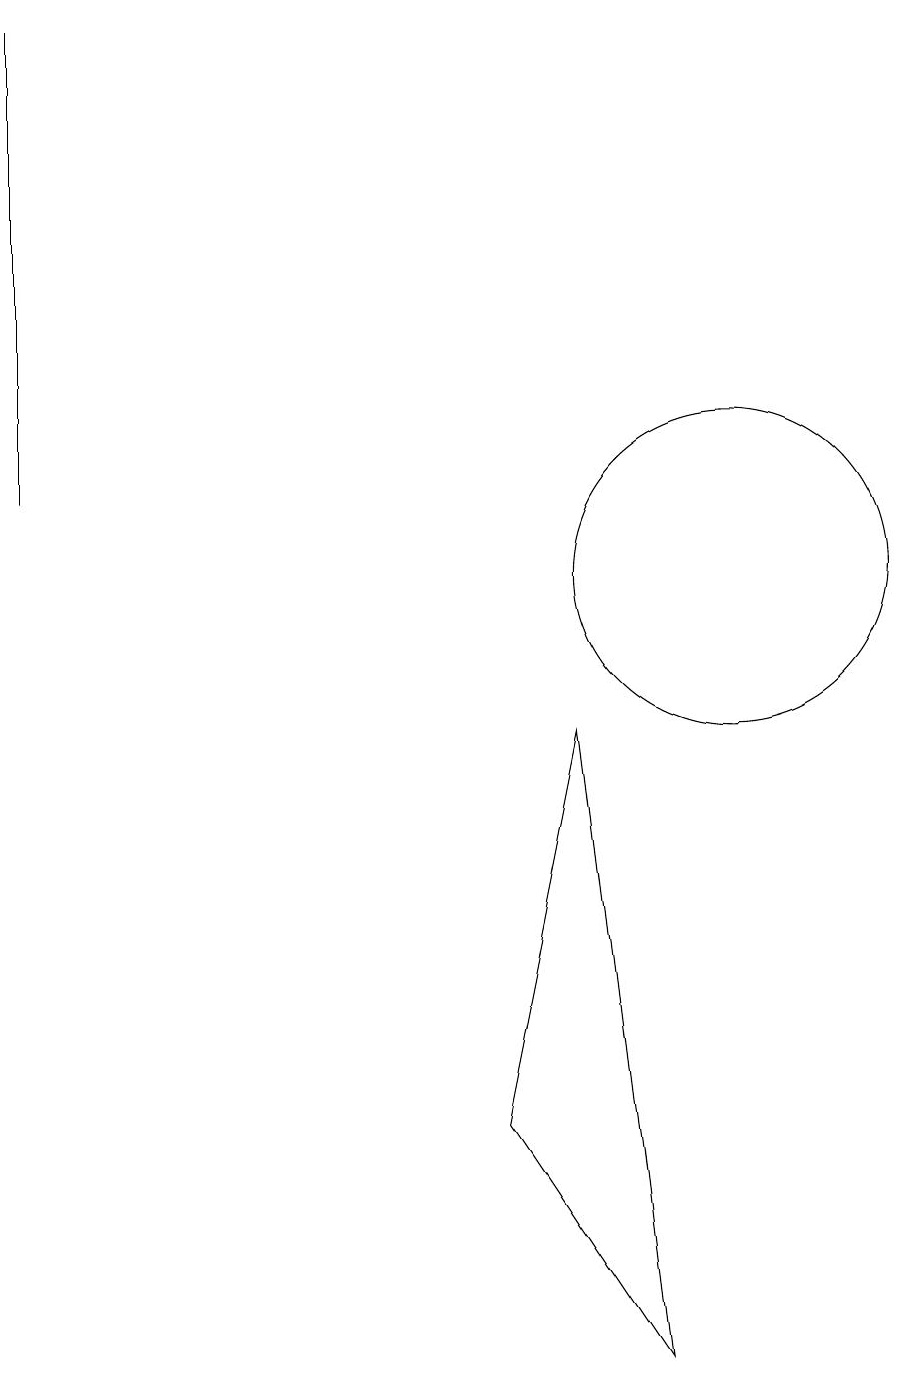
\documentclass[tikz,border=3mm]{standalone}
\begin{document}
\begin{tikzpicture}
\draw (10,11) circle (2);
\draw (1,12) rectangle (1,18);
\draw (8,9) -- (9,1) -- (7,4) -- cycle;
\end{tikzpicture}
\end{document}